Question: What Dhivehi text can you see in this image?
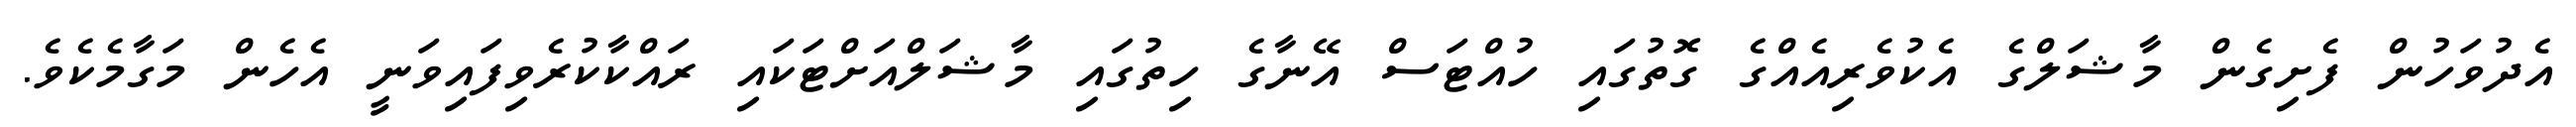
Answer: އެދުވަހުން ފެށިގެން މާޝަލްގެ އެކުވެރިއެއްގެ ގޮތުގައި ހުއްޓަސް އޭނާގެ ހިތުގައި މާޝަލްއަށްޓަކައި ރައްކާކުރެވިފައިވަނީ އެހެން މަގާމެކެވެ.